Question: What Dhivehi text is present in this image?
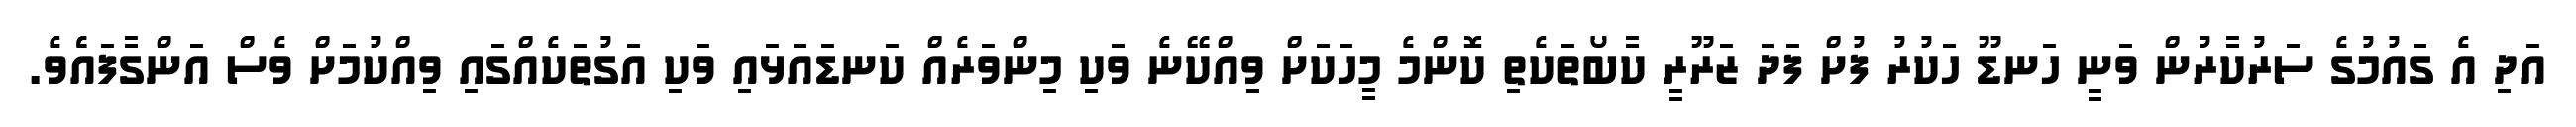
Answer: އަދި އެ ގައުމުގެ ސަރުކާރުން ވަނީ ހަނޑޫ ހަކުރު ފުށް ފަދަ ޒަރޫރީ ކާބޯތަކެތި ކޮންމެ މީހަކަށް ވިއްކޭނެ ވަކި މިންވަރެއް ކަނޑައަޅައި ވަކި އަގުތަކެއްގައި ވިއްކުމަށް ވެސް އަންގާފައެެވެ.